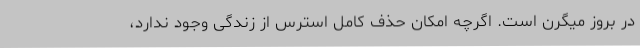
در بروز میگرن است. اگرچه امکان حذف کامل استرس از زندگی وجود ندارد،